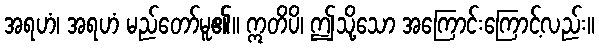
အရဟံ၊ အရဟံ မည်တော်မူ၏။ ဣတိပိ၊ ဤသို့သော အကြောင်းကြောင့်လည်း။